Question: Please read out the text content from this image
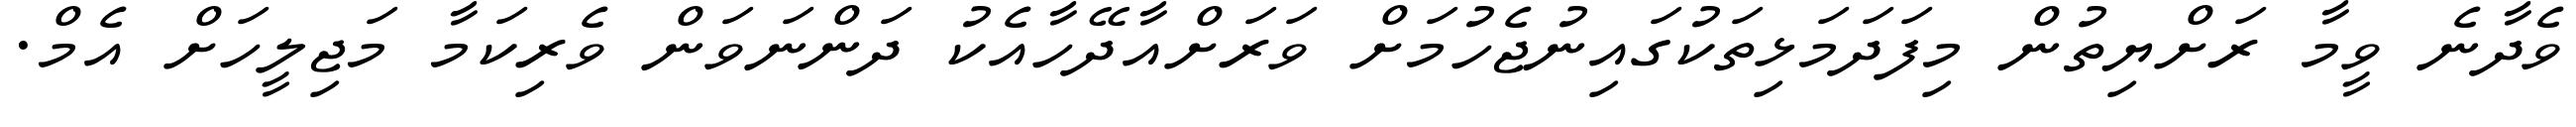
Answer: ވެދާނެ ވީމާ ރަށްޔިތުން މިފަދަމަޅިތަކުގައިނުޖެހުމަށް ވަރަށްއާދޭހާއެކު ދަންނަވަން ވެރިކަމާ މަޖިލީހަށް އެމް.